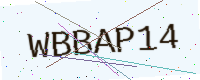
Text: WBBAP14